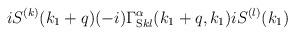
LaTeX: \begin{align*}iS^{(k)}(k_1+q)(-i)\Gamma^{\alpha}_{{\rm S}kl}(k_1+q,k_1)iS^{(l)}(k_1)\end{align*}